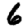
Digit: 6